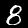
Label: 8